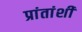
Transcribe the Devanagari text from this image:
प्रांतांशी